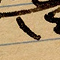
١٤